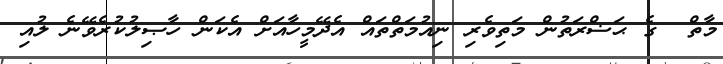
މާތް  ގެ ޙަޟްރަތުން މަތިވެރި ނިއުމަތްތައް އެދޭމީހާއަށް އެކަން ހާޞިލުކުރެވޭނެ ލުއި